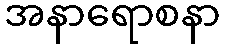
အနာရောစနာ